Vaccination United Provinces of Agra and Oudh 1923-1928 - 1923-1928
Year: 1923
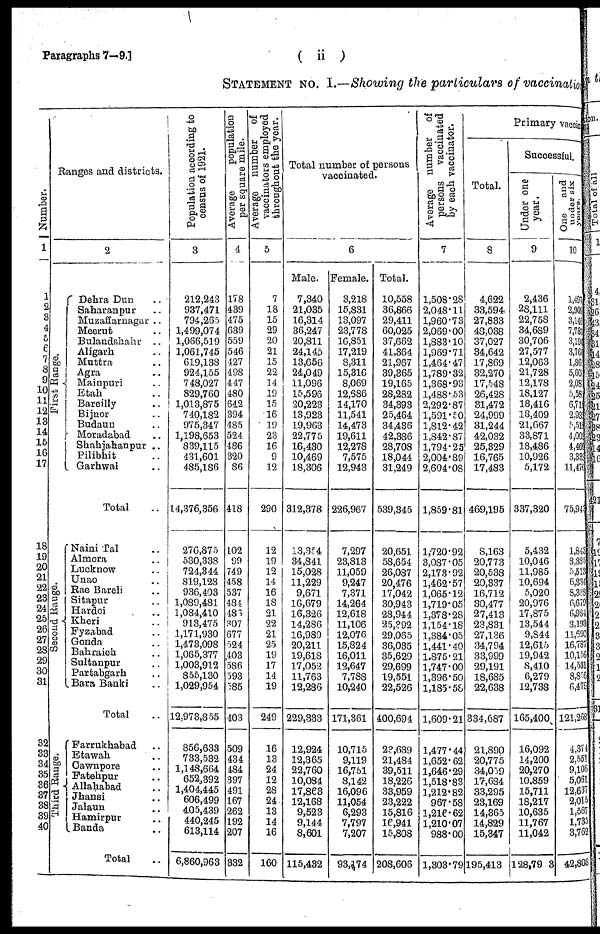
Paragraphs 7—9.]
(
ii)
STATEMENT No. I.—Showing the particulars of vaccination
Number.
1
1
2
3
4
5
6
7
8
9
10
11
12
13
14
15
16
17
18
19
20
21
22
23
24
25
26
27
28
29
30
31
32
33
34
35
36
37
38
39
40
Ranges and districts.
2
First Range.
Second Range.
Thi r d Range.
Dehra Dun ..
Saharanpur ..
Muzaffarnagar ..
Meerut ..
Bulandshahr ..
Aligarh ..
Muttra ..
Agra ..
Mainpuri ..
Etah ..
Bareilly ..
Bijnor ..
Budaun ..
Moradabad ..
Shahjahanpur ..
Pilibhit ..
Garhwai ..
Total ..
Naini Tal ..
Almora ..
Lucknow ..
Unao ..
Rae Bareli ..
Sitapur ..
Hardoi ..
Kheri ..
Fyzabad ..
Gonda ..
Bahraich ..
Sultanpur ..
Partabgarh ..
Bara Banki ..
Total ..
Farrukhabad ..
Etawah ..
Cawnpore ..
Fatehpur ..
Allahabad ..
Jhansi ..
Jalaun ..
Hamirpur ..
Banda ..
Total ..
Population according to
census of 1921.
3
212,243
937,471
794,265
1,499,074
1,066,519
1,061,745
619,138
924,155
748,027
829,760
1,013,875
740,182
975,347
1,198,653
839,115
431,601
485,186
14,376,356
276,875
530,338
724,344
819,128
936,403
1,089,481
1,084,410
913,475
1,171,930
1,473,098
1,065,377
1,003,912
855,130
1,029,954
12,973,855
856,633
733,532
1,148,664
652,392
1,404,445
606,499
405,439
440,245
613,114
6,860,963
Average
population
per square mile.
4
178
439
475
639
559
546
427
498
447
480
642
394
485
524
486
320
86
418
102
99
749
458
537
484
486
307
677
524
403
586
593
585
403
509
434
484
397
491
167
262
192
207
332
Average number of
vaccinators employed
throughout the year.
5
7
18
15
29
20
21
15
22
14
19
15
16
19
23
16
9
12
290
12
19
12
14
16
18
21
22
21
25
19
17
14
19
249
16
13
24
12
28
24
13
14
16
160
Total number of persons
vaccinated.
6
Male.
7,340
21,035
16,314
36,247
20,811
24,145
13,656
24,049
11,096
15,596
20,223
13,923
19,963
22,775
16,430
10,469
18,306
312,378
13,354
34,841
15,028
11,229
9,671
16,679
16,326
14,286
16,989
20,211
19,618
17,052
11,763
12,286
229,333
12,924
12,365
22,760
10,084
17,863
12,168
9,523
9,144
8,601
115,432
Female.
3,218
15,831
13,097
23,778
16,851
17,219
8,311
15,316
8,069
12,686
14,170
11,541
14,473
19,611
12,278
7,575
12,943
226,967
7,297
23,813
11,059
9,247
7,371
14,264
12,618
11,106
12,076
15,824
16,011
12,647
7,788
10,240
171,361
10,715
9,119
16,751
8,142
16,096
11,054
6,293
7,797
7,207
93,174
Total.
10,558
36,866
29,411
60,025
37,662
41,364
21,967
39,365
19,165
28,282
34,393
25,464
34,436
42,386
28,708
18,044
31,249
539,345
20,651
58,654
26,087
20,476
17,042
30,943
28,944
25,392
29,065
36,035
35,629
29,699
19,551
22,526
400,694
23,639
21,484
39,511
18,226
33,959
23,222
15,816
16,941
15,808
208,606
Ave r
a ge number of
persons vaccinated
by each vaccinator.
7
1,508.28
2,048.11
1,960.73
2,069.00
1,883.10
1,969.71
1,464.47
1,789.32
1,368.93
1,488.53
2,292.87
1,591.50
1,812.42
1,842.87
1,794.25
2,004.89
2,604.08
1,859.81
1,720.92
3,087.05
2,173.92
1,462.57
1,065.12
1,719.05
1,378.28
1,154.18
1,384.05
1,441.40
1,875.21
1,747.00
1,396.50
1,185.58
1,609.21
1,477.44
1,652.62
l,646.29
1,518.83
1,212.82
967.58
1,216.62
1,210.07
988.00
1,303.79
Primary vaccin
Total.
8
4,622
33,594
27,833
48,038
37,027
34,642
17,869
32,270
17,548
26,428
31,472
24,999
31,244
42,032
25,329
16,765
17,483
469,195
8,163
20,773
20,538
20,337
16,712
30,477
27,413
23,831
27,136
34,794
33,999
29,191
18,685
22,638
334,687
21,890
20,775
34,059
17,684
33,295
23,169
14,365
14,829
15,347
195,413
Successful.
Under one
year.
9
2,436
28,111
22,758
34,689
30,706
27,577
12,063
21,728
12,178
18,127
18,416
18,409
21,667
33,871
18,486
10,926
5,172
337,320
5,432
10,046
11,985
10,694
5,020
20,976
17,875
13,544
9,844
12,615
19,942
8,410
6,279
12,738
165,400
16,092
14,200
20,270
10,859
15,711
18,217
10,635
11,767
11,042
128,793
One and
under six
years.
10
1,497
2,909
3,146
7,783
3,196
3,766
1,865
5,601
2,083
5,585
6,718
2,982
5,518
4,009
4,466
3,338
11,470
75,943
1,843
8,385
5,513
6,334
8,338
6,679
6,984
3,193
11,690
16,787
10,156
14,531
8,856
6,479
121,268
4,374
2,551
9,106
5,061
12,637
2,015
1,567
1,735
3,762
42,808